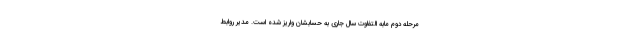
مرحله دوم مابه التفاوت سال جاری به حسابشان واریز شده است. مدیر روابط